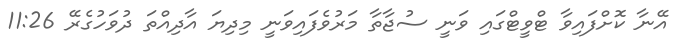
އޭނާ ކޮށްފައިވާ ޓްވީޓްގައި ވަނީ ސުޖާތާ މަރުވެފައިވަނީ މިދިޔަ އާދިއްތަ ދުވަހުގެރޭ 11:26